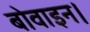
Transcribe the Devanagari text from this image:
बोवाइन।